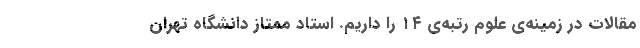
مقالات در زمینه‌ی علوم رتبه‌ی ۱۴ را داریم. استاد ممتاز دانشگاه تهران